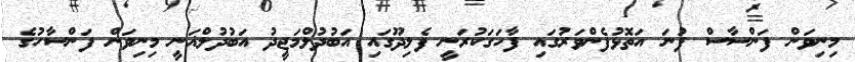
މިނިވަން ފަންސާސް ފުނަ އަތޮޅުފެންވަރުގައި ފާހަގަކުރަނީ ފެލިދޫގައި އަބުދުލްމަޖީދު އަބުދުލްޣަނީ މިނިވަން ފަންސާހުގެ